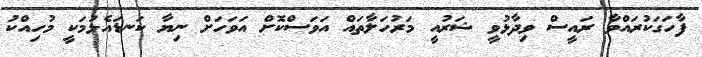
ފާހަގަކުރައްވާ ރައީސް ވިދާޅުވީ ޝަރުއީ މަރުހަލާތައް އަވަސްކޮށް އަވަހަށް ނިޔާ ކަނޑައެޅުމަކީ މުހިއްކު